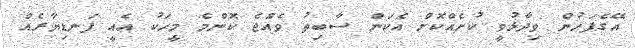
އޭގެފަހުން ވިދާޅުވީ ކުށެއްކޮށް އެކަން ސާބިތު ވެއްޖެ ކޮންމެ މީހަކު އެއީ ފަނޑިޔާރެއް